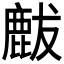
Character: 𪊝